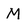
Character: M